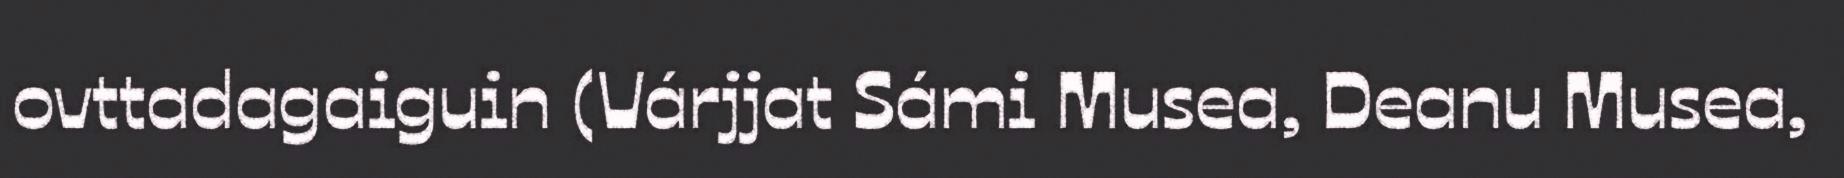
ovttadagaiguin (Várjjat Sámi Musea, Deanu Musea,